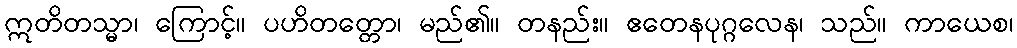
ဣတိတသ္မာ၊ ကြောင့်။ ပဟိတတ္တော၊ မည်၏။ တနည်း။ ဧတေနပုဂ္ဂလေန၊ သည်။ ကာယေစ၊